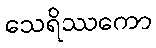
သေရိဿကော